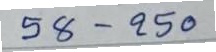
58 - 250